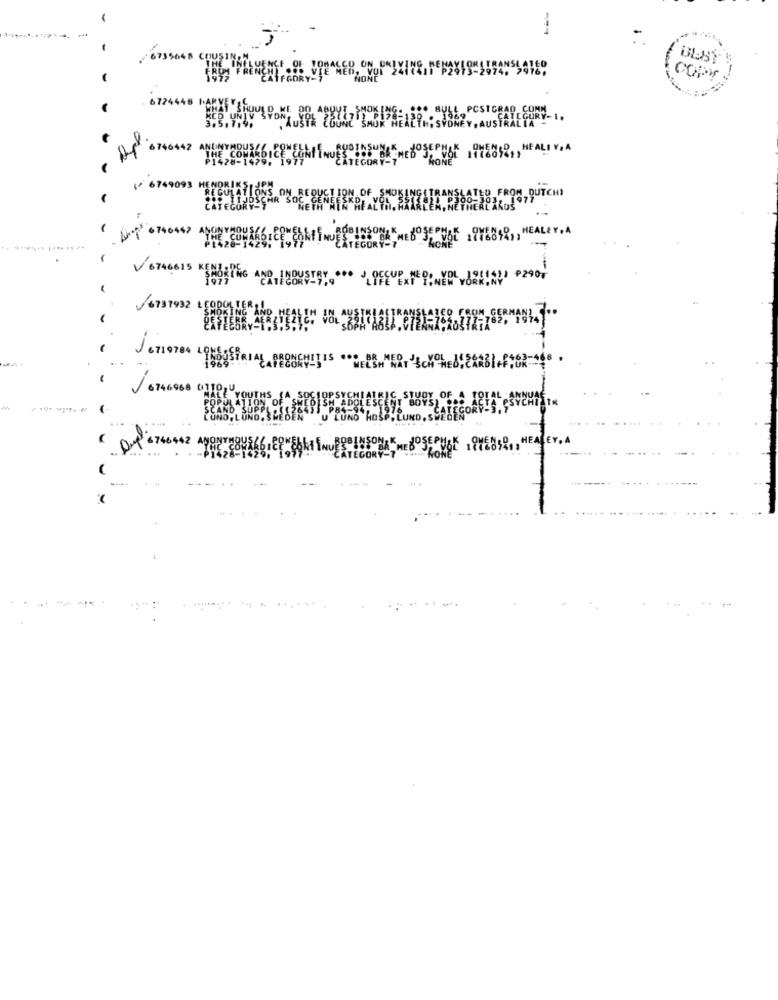
-
6735048 Cq
COPY
6724448 " ABY
PCSICRA
CONT. ..
Aus
H1 . 740442
V 6749093 H
CHI
16842, HEAL
Y.A
002 0
6737932
JOZIOTON LINESERIAL, PRONEVITIS
/ 6746968 011945You
1 YOUTHS
----
EY, A